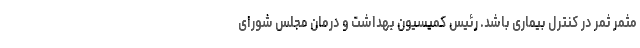
مثمر ثمر در کنترل بیماری باشد. رئیس کمیسیون بهداشت و درمان مجلس شورای